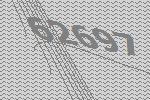
62697